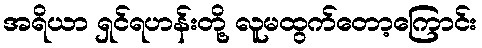
အရိယာ ရှင်ရဟန်းတို့ လူမထွက်တော့ကြောင်း